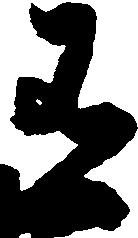
有